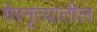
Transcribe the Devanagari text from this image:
गेरनृत्यातील